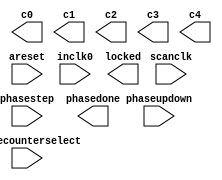
// megafunction wizard: %ALTPLL%VBB%
// GENERATION: STANDARD
// VERSION: WM1.0
// MODULE: altpll 

// ============================================================
// Megafunction Name(s):
// 			altpll
//
// Simulation Library Files(s):
// 			
// ============================================================
// ************************************************************
// THIS IS A WIZARD-GENERATED FILE. DO NOT EDIT THIS FILE!
//
// 11.0 Build 157 04/27/2011 SJ Full Version
// ************************************************************

//Copyright (C) 1991-2011 Altera Corporation
//Your use of Altera Corporation's design tools, logic functions 
//and other software and tools, and its AMPP partner logic 
//functions, and any output files from any of the foregoing 
//(including device programming or simulation files), and any 
//associated documentation or information are expressly subject 
//to the terms and conditions of the Altera Program License 
//Subscription Agreement, Altera MegaCore Function License 
//Agreement, or other applicable license agreement, including, 
//without limitation, that your use is for the sole purpose of 
//programming logic devices manufactured by Altera and sold by 
//Altera or its authorized distributors.  Please refer to the 
//applicable agreement for further details.

module ddr2_sdram_phy_alt_mem_phy_pll (
	areset,
	inclk0,
	phasecounterselect,
	phasestep,
	phaseupdown,
	scanclk,
	c0,
	c1,
	c2,
	c3,
	c4,
	locked,
	phasedone);

	input	  areset;
	input	  inclk0;
	input	[2:0]  phasecounterselect;
	input	  phasestep;
	input	  phaseupdown;
	input	  scanclk;
	output	  c0;
	output	  c1;
	output	  c2;
	output	  c3;
	output	  c4;
	output	  locked;
	output	  phasedone;
`ifndef ALTERA_RESERVED_QIS
// synopsys translate_off
`endif
	tri0	  areset;
	tri0	[2:0]  phasecounterselect;
	tri0	  phasestep;
	tri0	  phaseupdown;
`ifndef ALTERA_RESERVED_QIS
// synopsys translate_on
`endif

endmodule

// ============================================================
// CNX file retrieval info
// ============================================================
// Retrieval info: PRIVATE: ACTIVECLK_CHECK STRING "0"
// Retrieval info: PRIVATE: BANDWIDTH STRING "1.000"
// Retrieval info: PRIVATE: BANDWIDTH_FEATURE_ENABLED STRING "1"
// Retrieval info: PRIVATE: BANDWIDTH_FREQ_UNIT STRING "MHz"
// Retrieval info: PRIVATE: BANDWIDTH_PRESET STRING "Low"
// Retrieval info: PRIVATE: BANDWIDTH_USE_AUTO STRING "1"
// Retrieval info: PRIVATE: BANDWIDTH_USE_PRESET STRING "0"
// Retrieval info: PRIVATE: CLKBAD_SWITCHOVER_CHECK STRING "0"
// Retrieval info: PRIVATE: CLKLOSS_CHECK STRING "0"
// Retrieval info: PRIVATE: CLKSWITCH_CHECK STRING "0"
// Retrieval info: PRIVATE: CNX_NO_COMPENSATE_RADIO STRING "0"
// Retrieval info: PRIVATE: CREATE_CLKBAD_CHECK STRING "0"
// Retrieval info: PRIVATE: CREATE_INCLK1_CHECK STRING "0"
// Retrieval info: PRIVATE: CUR_DEDICATED_CLK STRING "c1"
// Retrieval info: PRIVATE: CUR_FBIN_CLK STRING "e0"
// Retrieval info: PRIVATE: DEVICE_SPEED_GRADE STRING "7"
// Retrieval info: PRIVATE: DIV_FACTOR0 NUMERIC "1"
// Retrieval info: PRIVATE: DIV_FACTOR1 NUMERIC "1"
// Retrieval info: PRIVATE: DIV_FACTOR2 NUMERIC "1"
// Retrieval info: PRIVATE: DIV_FACTOR3 NUMERIC "1"
// Retrieval info: PRIVATE: DIV_FACTOR4 NUMERIC "1"
// Retrieval info: PRIVATE: DUTY_CYCLE0 STRING "50.00000000"
// Retrieval info: PRIVATE: DUTY_CYCLE1 STRING "50.00000000"
// Retrieval info: PRIVATE: DUTY_CYCLE2 STRING "50.00000000"
// Retrieval info: PRIVATE: DUTY_CYCLE3 STRING "50.00000000"
// Retrieval info: PRIVATE: DUTY_CYCLE4 STRING "50.00000000"
// Retrieval info: PRIVATE: EFF_OUTPUT_FREQ_VALUE0 STRING "76.925003"
// Retrieval info: PRIVATE: EFF_OUTPUT_FREQ_VALUE1 STRING "153.850006"
// Retrieval info: PRIVATE: EFF_OUTPUT_FREQ_VALUE2 STRING "153.850006"
// Retrieval info: PRIVATE: EFF_OUTPUT_FREQ_VALUE3 STRING "153.850006"
// Retrieval info: PRIVATE: EFF_OUTPUT_FREQ_VALUE4 STRING "153.850006"
// Retrieval info: PRIVATE: EXPLICIT_SWITCHOVER_COUNTER STRING "0"
// Retrieval info: PRIVATE: EXT_FEEDBACK_RADIO STRING "0"
// Retrieval info: PRIVATE: GLOCKED_COUNTER_EDIT_CHANGED STRING "1"
// Retrieval info: PRIVATE: GLOCKED_FEATURE_ENABLED STRING "0"
// Retrieval info: PRIVATE: GLOCKED_MODE_CHECK STRING "0"
// Retrieval info: PRIVATE: GLOCK_COUNTER_EDIT NUMERIC "1048575"
// Retrieval info: PRIVATE: HAS_MANUAL_SWITCHOVER STRING "1"
// Retrieval info: PRIVATE: INCLK0_FREQ_EDIT STRING "125.000"
// Retrieval info: PRIVATE: INCLK0_FREQ_UNIT_COMBO STRING "MHz"
// Retrieval info: PRIVATE: INCLK1_FREQ_EDIT STRING "100.000"
// Retrieval info: PRIVATE: INCLK1_FREQ_EDIT_CHANGED STRING "1"
// Retrieval info: PRIVATE: INCLK1_FREQ_UNIT_CHANGED STRING "1"
// Retrieval info: PRIVATE: INCLK1_FREQ_UNIT_COMBO STRING "MHz"
// Retrieval info: PRIVATE: INTENDED_DEVICE_FAMILY STRING "Cyclone III"
// Retrieval info: PRIVATE: INT_FEEDBACK__MODE_RADIO STRING "1"
// Retrieval info: PRIVATE: LOCKED_OUTPUT_CHECK STRING "1"
// Retrieval info: PRIVATE: LONG_SCAN_RADIO STRING "1"
// Retrieval info: PRIVATE: LVDS_MODE_DATA_RATE STRING "Not Available"
// Retrieval info: PRIVATE: LVDS_MODE_DATA_RATE_DIRTY NUMERIC "0"
// Retrieval info: PRIVATE: LVDS_PHASE_SHIFT_UNIT0 STRING "deg"
// Retrieval info: PRIVATE: LVDS_PHASE_SHIFT_UNIT1 STRING "deg"
// Retrieval info: PRIVATE: LVDS_PHASE_SHIFT_UNIT2 STRING "deg"
// Retrieval info: PRIVATE: LVDS_PHASE_SHIFT_UNIT3 STRING "deg"
// Retrieval info: PRIVATE: LVDS_PHASE_SHIFT_UNIT4 STRING "deg"
// Retrieval info: PRIVATE: MANUAL_PHASE_SHIFT_STEP_EDIT STRING "101.00000000"
// Retrieval info: PRIVATE: MANUAL_PHASE_SHIFT_STEP_UNIT STRING "ps"
// Retrieval info: PRIVATE: MIG_DEVICE_SPEED_GRADE STRING "Any"
// Retrieval info: PRIVATE: MIRROR_CLK0 STRING "0"
// Retrieval info: PRIVATE: MIRROR_CLK1 STRING "0"
// Retrieval info: PRIVATE: MIRROR_CLK2 STRING "0"
// Retrieval info: PRIVATE: MIRROR_CLK3 STRING "0"
// Retrieval info: PRIVATE: MIRROR_CLK4 STRING "0"
// Retrieval info: PRIVATE: MULT_FACTOR0 NUMERIC "1"
// Retrieval info: PRIVATE: MULT_FACTOR1 NUMERIC "2"
// Retrieval info: PRIVATE: MULT_FACTOR2 NUMERIC "2"
// Retrieval info: PRIVATE: MULT_FACTOR3 NUMERIC "2"
// Retrieval info: PRIVATE: MULT_FACTOR4 NUMERIC "2"
// Retrieval info: PRIVATE: NORMAL_MODE_RADIO STRING "1"
// Retrieval info: PRIVATE: OUTPUT_FREQ0 STRING "76.92500000"
// Retrieval info: PRIVATE: OUTPUT_FREQ1 STRING "153.85000000"
// Retrieval info: PRIVATE: OUTPUT_FREQ2 STRING "153.85000000"
// Retrieval info: PRIVATE: OUTPUT_FREQ3 STRING "153.85000000"
// Retrieval info: PRIVATE: OUTPUT_FREQ4 STRING "153.85000000"
// Retrieval info: PRIVATE: OUTPUT_FREQ_MODE0 STRING "1"
// Retrieval info: PRIVATE: OUTPUT_FREQ_MODE1 STRING "1"
// Retrieval info: PRIVATE: OUTPUT_FREQ_MODE2 STRING "1"
// Retrieval info: PRIVATE: OUTPUT_FREQ_MODE3 STRING "1"
// Retrieval info: PRIVATE: OUTPUT_FREQ_MODE4 STRING "1"
// Retrieval info: PRIVATE: OUTPUT_FREQ_UNIT0 STRING "MHz"
// Retrieval info: PRIVATE: OUTPUT_FREQ_UNIT1 STRING "MHz"
// Retrieval info: PRIVATE: OUTPUT_FREQ_UNIT2 STRING "MHz"
// Retrieval info: PRIVATE: OUTPUT_FREQ_UNIT3 STRING "MHz"
// Retrieval info: PRIVATE: OUTPUT_FREQ_UNIT4 STRING "MHz"
// Retrieval info: PRIVATE: PHASE_RECONFIG_FEATURE_ENABLED STRING "1"
// Retrieval info: PRIVATE: PHASE_RECONFIG_INPUTS_CHECK STRING "1"
// Retrieval info: PRIVATE: PHASE_SHIFT0 STRING "0.00000000"
// Retrieval info: PRIVATE: PHASE_SHIFT1 STRING "0.00000000"
// Retrieval info: PRIVATE: PHASE_SHIFT2 STRING "-90.00000000"
// Retrieval info: PRIVATE: PHASE_SHIFT3 STRING "0.00000000"
// Retrieval info: PRIVATE: PHASE_SHIFT4 STRING "0.00000000"
// Retrieval info: PRIVATE: PHASE_SHIFT_STEP_ENABLED_CHECK STRING "1"
// Retrieval info: PRIVATE: PHASE_SHIFT_UNIT0 STRING "deg"
// Retrieval info: PRIVATE: PHASE_SHIFT_UNIT1 STRING "deg"
// Retrieval info: PRIVATE: PHASE_SHIFT_UNIT2 STRING "deg"
// Retrieval info: PRIVATE: PHASE_SHIFT_UNIT3 STRING "deg"
// Retrieval info: PRIVATE: PHASE_SHIFT_UNIT4 STRING "deg"
// Retrieval info: PRIVATE: PLL_ADVANCED_PARAM_CHECK STRING "0"
// Retrieval info: PRIVATE: PLL_ARESET_CHECK STRING "1"
// Retrieval info: PRIVATE: PLL_AUTOPLL_CHECK NUMERIC "1"
// Retrieval info: PRIVATE: PLL_ENHPLL_CHECK NUMERIC "0"
// Retrieval info: PRIVATE: PLL_FASTPLL_CHECK NUMERIC "0"
// Retrieval info: PRIVATE: PLL_FBMIMIC_CHECK STRING "0"
// Retrieval info: PRIVATE: PLL_LVDS_PLL_CHECK NUMERIC "0"
// Retrieval info: PRIVATE: PLL_PFDENA_CHECK STRING "0"
// Retrieval info: PRIVATE: PLL_TARGET_HARCOPY_CHECK NUMERIC "0"
// Retrieval info: PRIVATE: PRIMARY_CLK_COMBO STRING "inclk0"
// Retrieval info: PRIVATE: RECONFIG_FILE STRING "alt_mem_phy_pll.mif"
// Retrieval info: PRIVATE: SACN_INPUTS_CHECK STRING "0"
// Retrieval info: PRIVATE: SCAN_FEATURE_ENABLED STRING "1"
// Retrieval info: PRIVATE: SELF_RESET_LOCK_LOSS STRING "0"
// Retrieval info: PRIVATE: SHORT_SCAN_RADIO STRING "0"
// Retrieval info: PRIVATE: SPREAD_FEATURE_ENABLED STRING "0"
// Retrieval info: PRIVATE: SPREAD_FREQ STRING "50.000"
// Retrieval info: PRIVATE: SPREAD_FREQ_UNIT STRING "KHz"
// Retrieval info: PRIVATE: SPREAD_PERCENT STRING "0.500"
// Retrieval info: PRIVATE: SPREAD_USE STRING "0"
// Retrieval info: PRIVATE: SRC_SYNCH_COMP_RADIO STRING "0"
// Retrieval info: PRIVATE: STICKY_CLK0 STRING "1"
// Retrieval info: PRIVATE: STICKY_CLK1 STRING "1"
// Retrieval info: PRIVATE: STICKY_CLK2 STRING "1"
// Retrieval info: PRIVATE: STICKY_CLK3 STRING "1"
// Retrieval info: PRIVATE: STICKY_CLK4 STRING "1"
// Retrieval info: PRIVATE: SWITCHOVER_COUNT_EDIT NUMERIC "1"
// Retrieval info: PRIVATE: SWITCHOVER_FEATURE_ENABLED STRING "1"
// Retrieval info: PRIVATE: SYNTH_WRAPPER_GEN_POSTFIX STRING "0"
// Retrieval info: PRIVATE: USE_CLK0 STRING "1"
// Retrieval info: PRIVATE: USE_CLK1 STRING "1"
// Retrieval info: PRIVATE: USE_CLK2 STRING "1"
// Retrieval info: PRIVATE: USE_CLK3 STRING "1"
// Retrieval info: PRIVATE: USE_CLK4 STRING "1"
// Retrieval info: PRIVATE: USE_CLKENA0 STRING "0"
// Retrieval info: PRIVATE: USE_CLKENA1 STRING "0"
// Retrieval info: PRIVATE: USE_CLKENA2 STRING "0"
// Retrieval info: PRIVATE: USE_CLKENA3 STRING "0"
// Retrieval info: PRIVATE: USE_CLKENA4 STRING "0"
// Retrieval info: PRIVATE: USE_MIL_SPEED_GRADE NUMERIC "0"
// Retrieval info: PRIVATE: ZERO_DELAY_RADIO STRING "0"
// Retrieval info: LIBRARY: altera_mf altera_mf.altera_mf_components.all
// Retrieval info: CONSTANT: BANDWIDTH_TYPE STRING "AUTO"
// Retrieval info: CONSTANT: CLK0_DIVIDE_BY NUMERIC "5000"
// Retrieval info: CONSTANT: CLK0_DUTY_CYCLE NUMERIC "50"
// Retrieval info: CONSTANT: CLK0_MULTIPLY_BY NUMERIC "3077"
// Retrieval info: CONSTANT: CLK0_PHASE_SHIFT STRING "0"
// Retrieval info: CONSTANT: CLK1_DIVIDE_BY NUMERIC "2500"
// Retrieval info: CONSTANT: CLK1_DUTY_CYCLE NUMERIC "50"
// Retrieval info: CONSTANT: CLK1_MULTIPLY_BY NUMERIC "3077"
// Retrieval info: CONSTANT: CLK1_PHASE_SHIFT STRING "0"
// Retrieval info: CONSTANT: CLK2_DIVIDE_BY NUMERIC "2500"
// Retrieval info: CONSTANT: CLK2_DUTY_CYCLE NUMERIC "50"
// Retrieval info: CONSTANT: CLK2_MULTIPLY_BY NUMERIC "3077"
// Retrieval info: CONSTANT: CLK2_PHASE_SHIFT STRING "-1625"
// Retrieval info: CONSTANT: CLK3_DIVIDE_BY NUMERIC "2500"
// Retrieval info: CONSTANT: CLK3_DUTY_CYCLE NUMERIC "50"
// Retrieval info: CONSTANT: CLK3_MULTIPLY_BY NUMERIC "3077"
// Retrieval info: CONSTANT: CLK3_PHASE_SHIFT STRING "0"
// Retrieval info: CONSTANT: CLK4_DIVIDE_BY NUMERIC "2500"
// Retrieval info: CONSTANT: CLK4_DUTY_CYCLE NUMERIC "50"
// Retrieval info: CONSTANT: CLK4_MULTIPLY_BY NUMERIC "3077"
// Retrieval info: CONSTANT: CLK4_PHASE_SHIFT STRING "0"
// Retrieval info: CONSTANT: COMPENSATE_CLOCK STRING "CLK1"
// Retrieval info: CONSTANT: INCLK0_INPUT_FREQUENCY NUMERIC "8000"
// Retrieval info: CONSTANT: INTENDED_DEVICE_FAMILY STRING "Cyclone III"
// Retrieval info: CONSTANT: LPM_TYPE STRING "altpll"
// Retrieval info: CONSTANT: OPERATION_MODE STRING "NORMAL"
// Retrieval info: CONSTANT: PLL_TYPE STRING "AUTO"
// Retrieval info: CONSTANT: PORT_ACTIVECLOCK STRING "PORT_UNUSED"
// Retrieval info: CONSTANT: PORT_ARESET STRING "PORT_USED"
// Retrieval info: CONSTANT: PORT_CLKBAD0 STRING "PORT_UNUSED"
// Retrieval info: CONSTANT: PORT_CLKBAD1 STRING "PORT_UNUSED"
// Retrieval info: CONSTANT: PORT_CLKLOSS STRING "PORT_UNUSED"
// Retrieval info: CONSTANT: PORT_CLKSWITCH STRING "PORT_UNUSED"
// Retrieval info: CONSTANT: PORT_CONFIGUPDATE STRING "PORT_UNUSED"
// Retrieval info: CONSTANT: PORT_FBIN STRING "PORT_UNUSED"
// Retrieval info: CONSTANT: PORT_INCLK0 STRING "PORT_USED"
// Retrieval info: CONSTANT: PORT_INCLK1 STRING "PORT_UNUSED"
// Retrieval info: CONSTANT: PORT_LOCKED STRING "PORT_USED"
// Retrieval info: CONSTANT: PORT_PFDENA STRING "PORT_UNUSED"
// Retrieval info: CONSTANT: PORT_PHASECOUNTERSELECT STRING "PORT_USED"
// Retrieval info: CONSTANT: PORT_PHASEDONE STRING "PORT_USED"
// Retrieval info: CONSTANT: PORT_PHASESTEP STRING "PORT_USED"
// Retrieval info: CONSTANT: PORT_PHASEUPDOWN STRING "PORT_USED"
// Retrieval info: CONSTANT: PORT_PLLENA STRING "PORT_UNUSED"
// Retrieval info: CONSTANT: PORT_SCANACLR STRING "PORT_UNUSED"
// Retrieval info: CONSTANT: PORT_SCANCLK STRING "PORT_USED"
// Retrieval info: CONSTANT: PORT_SCANCLKENA STRING "PORT_UNUSED"
// Retrieval info: CONSTANT: PORT_SCANDATA STRING "PORT_UNUSED"
// Retrieval info: CONSTANT: PORT_SCANDATAOUT STRING "PORT_UNUSED"
// Retrieval info: CONSTANT: PORT_SCANDONE STRING "PORT_UNUSED"
// Retrieval info: CONSTANT: PORT_SCANREAD STRING "PORT_UNUSED"
// Retrieval info: CONSTANT: PORT_SCANWRITE STRING "PORT_UNUSED"
// Retrieval info: CONSTANT: PORT_clk0 STRING "PORT_USED"
// Retrieval info: CONSTANT: PORT_clk1 STRING "PORT_USED"
// Retrieval info: CONSTANT: PORT_clk2 STRING "PORT_USED"
// Retrieval info: CONSTANT: PORT_clk3 STRING "PORT_USED"
// Retrieval info: CONSTANT: PORT_clk4 STRING "PORT_USED"
// Retrieval info: CONSTANT: PORT_clk5 STRING "PORT_UNUSED"
// Retrieval info: CONSTANT: PORT_clkena0 STRING "PORT_UNUSED"
// Retrieval info: CONSTANT: PORT_clkena1 STRING "PORT_UNUSED"
// Retrieval info: CONSTANT: PORT_clkena2 STRING "PORT_UNUSED"
// Retrieval info: CONSTANT: PORT_clkena3 STRING "PORT_UNUSED"
// Retrieval info: CONSTANT: PORT_clkena4 STRING "PORT_UNUSED"
// Retrieval info: CONSTANT: PORT_clkena5 STRING "PORT_UNUSED"
// Retrieval info: CONSTANT: PORT_extclk0 STRING "PORT_UNUSED"
// Retrieval info: CONSTANT: PORT_extclk1 STRING "PORT_UNUSED"
// Retrieval info: CONSTANT: PORT_extclk2 STRING "PORT_UNUSED"
// Retrieval info: CONSTANT: PORT_extclk3 STRING "PORT_UNUSED"
// Retrieval info: CONSTANT: SELF_RESET_ON_LOSS_LOCK STRING "OFF"
// Retrieval info: CONSTANT: VCO_FREQUENCY_CONTROL STRING "MANUAL_PHASE"
// Retrieval info: CONSTANT: VCO_PHASE_SHIFT_STEP NUMERIC "101"
// Retrieval info: CONSTANT: WIDTH_CLOCK NUMERIC "5"
// Retrieval info: CONSTANT: WIDTH_PHASECOUNTERSELECT NUMERIC "3"
// Retrieval info: USED_PORT: @clk 0 0 5 0 OUTPUT_CLK_EXT VCC "@clk[4..0]"
// Retrieval info: USED_PORT: areset 0 0 0 0 INPUT GND "areset"
// Retrieval info: USED_PORT: c0 0 0 0 0 OUTPUT_CLK_EXT VCC "c0"
// Retrieval info: USED_PORT: c1 0 0 0 0 OUTPUT_CLK_EXT VCC "c1"
// Retrieval info: USED_PORT: c2 0 0 0 0 OUTPUT_CLK_EXT VCC "c2"
// Retrieval info: USED_PORT: c3 0 0 0 0 OUTPUT_CLK_EXT VCC "c3"
// Retrieval info: USED_PORT: c4 0 0 0 0 OUTPUT_CLK_EXT VCC "c4"
// Retrieval info: USED_PORT: inclk0 0 0 0 0 INPUT_CLK_EXT GND "inclk0"
// Retrieval info: USED_PORT: locked 0 0 0 0 OUTPUT GND "locked"
// Retrieval info: USED_PORT: phasecounterselect 0 0 3 0 INPUT GND "phasecounterselect[2..0]"
// Retrieval info: USED_PORT: phasedone 0 0 0 0 OUTPUT GND "phasedone"
// Retrieval info: USED_PORT: phasestep 0 0 0 0 INPUT GND "phasestep"
// Retrieval info: USED_PORT: phaseupdown 0 0 0 0 INPUT GND "phaseupdown"
// Retrieval info: USED_PORT: scanclk 0 0 0 0 INPUT_CLK_EXT VCC "scanclk"
// Retrieval info: CONNECT: @areset 0 0 0 0 areset 0 0 0 0
// Retrieval info: CONNECT: @inclk 0 0 1 1 GND 0 0 0 0
// Retrieval info: CONNECT: @inclk 0 0 1 0 inclk0 0 0 0 0
// Retrieval info: CONNECT: @phasecounterselect 0 0 3 0 phasecounterselect 0 0 3 0
// Retrieval info: CONNECT: @phasestep 0 0 0 0 phasestep 0 0 0 0
// Retrieval info: CONNECT: @phaseupdown 0 0 0 0 phaseupdown 0 0 0 0
// Retrieval info: CONNECT: @scanclk 0 0 0 0 scanclk 0 0 0 0
// Retrieval info: CONNECT: c0 0 0 0 0 @clk 0 0 1 0
// Retrieval info: CONNECT: c1 0 0 0 0 @clk 0 0 1 1
// Retrieval info: CONNECT: c2 0 0 0 0 @clk 0 0 1 2
// Retrieval info: CONNECT: c3 0 0 0 0 @clk 0 0 1 3
// Retrieval info: CONNECT: c4 0 0 0 0 @clk 0 0 1 4
// Retrieval info: CONNECT: locked 0 0 0 0 @locked 0 0 0 0
// Retrieval info: CONNECT: phasedone 0 0 0 0 @phasedone 0 0 0 0
// Retrieval info: GEN_FILE: TYPE_NORMAL alt_mem_phy_pll.v TRUE
// Retrieval info: GEN_FILE: TYPE_NORMAL alt_mem_phy_pll.ppf TRUE
// Retrieval info: GEN_FILE: TYPE_NORMAL alt_mem_phy_pll.inc FALSE
// Retrieval info: GEN_FILE: TYPE_NORMAL alt_mem_phy_pll.cmp FALSE
// Retrieval info: GEN_FILE: TYPE_NORMAL alt_mem_phy_pll.bsf FALSE
// Retrieval info: GEN_FILE: TYPE_NORMAL alt_mem_phy_pll_inst.v FALSE
// Retrieval info: GEN_FILE: TYPE_NORMAL alt_mem_phy_pll_bb.v FALSE
// Retrieval info: GEN_FILE: TYPE_NORMAL alt_mem_phy_pll_waveforms.html FALSE
// Retrieval info: GEN_FILE: TYPE_NORMAL alt_mem_phy_pll_wave*.jpg FALSE
// Retrieval info: GEN_FILE: TYPE_NORMAL ddr2_sdram_phy_alt_mem_phy_pll.v TRUE
// Retrieval info: GEN_FILE: TYPE_NORMAL ddr2_sdram_phy_alt_mem_phy_pll.inc FALSE
// Retrieval info: GEN_FILE: TYPE_NORMAL ddr2_sdram_phy_alt_mem_phy_pll.cmp FALSE
// Retrieval info: GEN_FILE: TYPE_NORMAL ddr2_sdram_phy_alt_mem_phy_pll.bsf FALSE
// Retrieval info: GEN_FILE: TYPE_NORMAL ddr2_sdram_phy_alt_mem_phy_pll_inst.v FALSE
// Retrieval info: GEN_FILE: TYPE_NORMAL ddr2_sdram_phy_alt_mem_phy_pll_bb.v TRUE